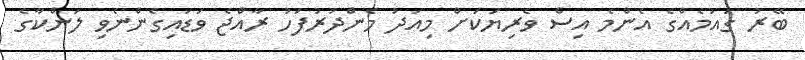
ބޭރު ގައުމެއްގެ އެންމެ އިސް ވެރިޔަކަށް މިއަދު މެންދުރުފަހު ރާއްޖެ ވަޑައިގެންނެވި ލަންކާގެ